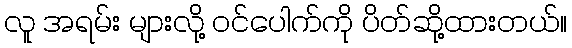
လူ အရမ်း များလို့ ဝင်ပေါက်ကို ပိတ်ဆို့ထားတယ်။